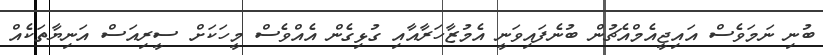
ބުނި ނަމަވެސް އައިޖީއެމްއެޗުން ބުނެފައިވަނީ އެމުޒާހަރާއާއި ގުޅިގެން އެއްވެސް މީހަކަށް ސީރިއަސް އަނިޔާތަކެއް